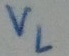
Text: VL